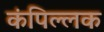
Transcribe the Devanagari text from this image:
कंपिल्लक